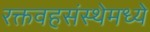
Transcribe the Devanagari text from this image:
रक्तवहसंस्थेमध्ये